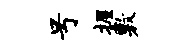
号握敷